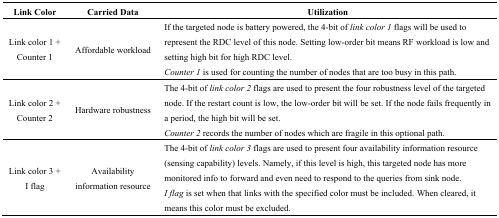
| Link Color | Carried Data | Utilization |
 | --- | --- | --- |
 | Link color 1 + Counter 1 | Affordable workload | If the targeted node is battery powered, the 4-bit of link color 1 flags will be used to represent the RDC level of this node. Setting low-order bit means RF workload is low and setting high bit for high RDC level. Counter 1 is used for counting the number of nodes that are too busy in this path. |
 | Link color 2 + Counter 2 | Hardware robustness | The 4-bit of link color 2 flags are used to present the four robustness level of the targeted node. If the restart count is low, the low-order bit will be set. If the node fails frequently in a period, the high bit will be set. Counter 2 records the number of nodes which are fragile in this optional path. |
 | Link color 3 + I flag | Availability information resource | The 4-bit of link color 3 flags are used to present four availability information resource (sensing capability) levels. Namely, if this level is high, this targeted node has more monitored info to forward and even need to respond to the queries from sink node. I flag is set when that links with the specified color must be included. When cleared, it means this color must be excluded. |